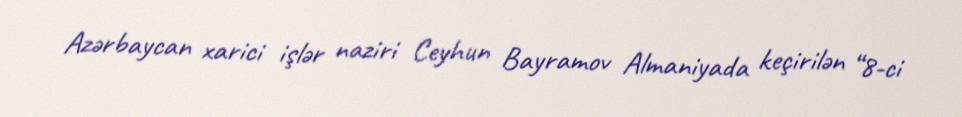
Azərbaycan xarici işlər naziri Ceyhun Bayramov Almaniyada keçirilən “8-ci